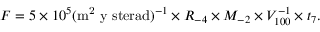
F = 5 \times 1 0 ^ { 5 } ( \mathrm { m ^ { 2 } ~ y ~ s t e r a d } ) ^ { - 1 } \times R _ { - 4 } \times M _ { - 2 } \times V _ { 1 0 0 } ^ { - 1 } \times t _ { 7 } .